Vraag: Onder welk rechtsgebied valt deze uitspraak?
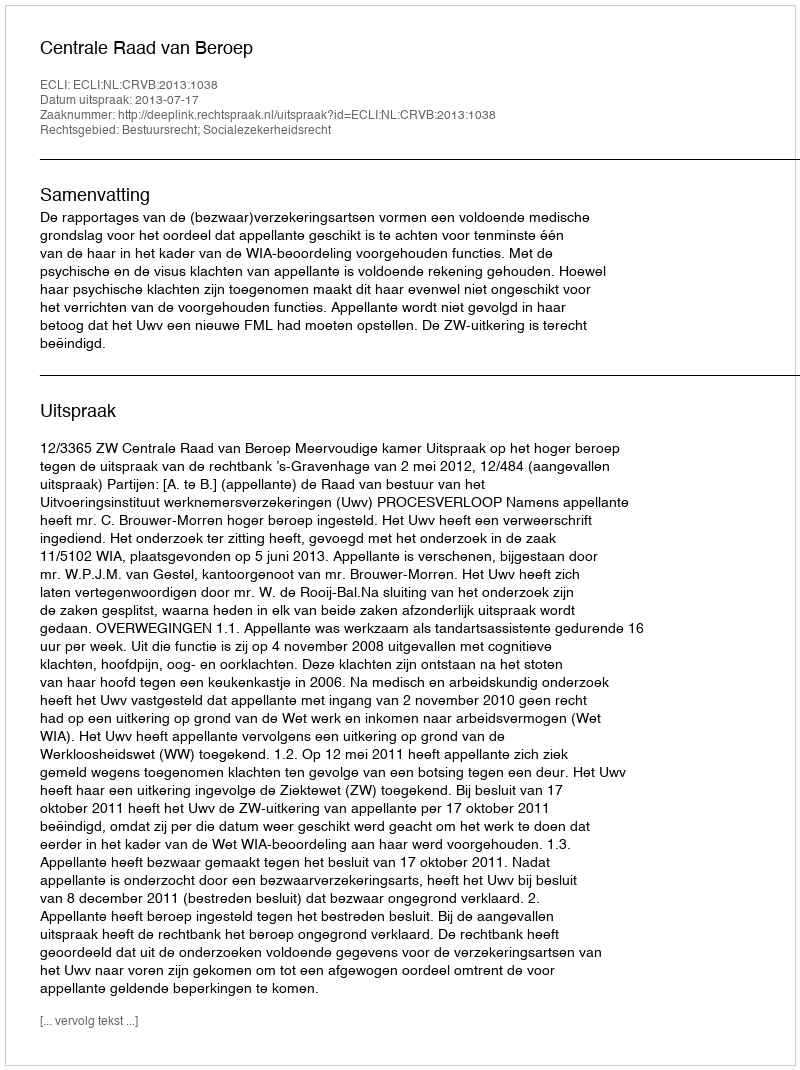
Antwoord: Bestuursrecht; Socialezekerheidsrecht